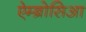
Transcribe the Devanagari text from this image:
ऐम्ब्रोसिआ